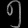
Digit: ၅